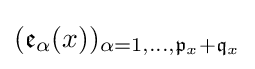
({\mathfrak {e}}_{\alpha }(x))_{\alpha =1,\ldots ,{\mathfrak {p}}_{x}+{\mathfrak {q}}_{x}}